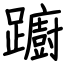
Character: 躕